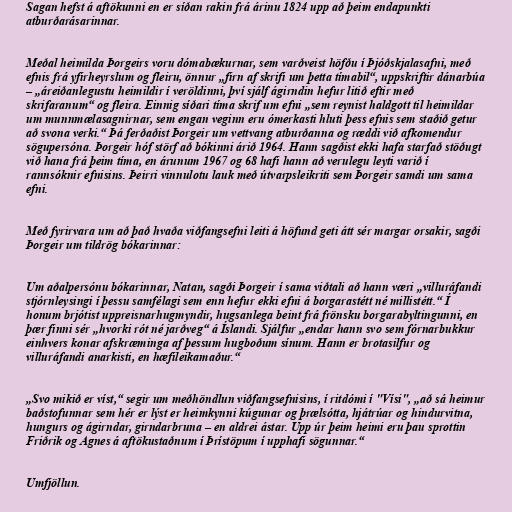
Sagan hefst á aftökunni en er síðan rakin frá árinu 1824 upp að þeim endapunkti
atburðarásarinnar.

Meðal heimilda Þorgeirs voru dómabækurnar, sem varðveist höfðu í Þjóðskjalasafni, með
efnis frá yfirheyrslum og fleiru, önnur „firn af skrifi um þetta tímabil“, uppskriftir dánarbúa
– „áreiðanlegustu heimildir í veröldinni, því sjálf ágirndin hefur litið eftir með
skrifaranum“ og fleira. Einnig síðari tíma skrif um efni „sem reynist haldgott til heimildar
um munnmælasagnirnar, sem engan veginn eru ómerkasti hluti þess efnis sem staðið getur
að svona verki.“ Þá ferðaðist Þorgeir um vettvang atburðanna og ræddi við afkomendur
sögupersóna. Þorgeir hóf störf að bókinni árið 1964. Hann sagðist ekki hafa starfað stöðugt
við hana frá þeim tíma, en árunum 1967 og 68 hafi hann að verulegu leyti varið í
rannsóknir efnisins. Þeirri vinnulotu lauk með útvarpsleikriti sem Þorgeir samdi um sama
efni.

Með fyrirvara um að það hvaða viðfangsefni leiti á höfund geti átt sér margar orsakir, sagði
Þorgeir um tildrög bókarinnar:

Um aðalpersónu bókarinnar, Natan, sagði Þorgeir í sama viðtali að hann væri „villuráfandi
stjórnleysingi í þessu samfélagi sem enn hefur ekki efni á borgarastétt né millistétt.“ Í
honum brjótist uppreisnarhugmyndir, hugsanlega beint frá frönsku borgarabyltingunni, en
þær finni sér „hvorki rót né jarðveg“ á Íslandi. Sjálfur „endar hann svo sem fórnarbukkur
einhvers konar afskræminga af þessum hugboðum sínum. Hann er brotasilfur og
villuráfandi anarkisti, en hæfileikamaður.“

„Svo mikið er víst,“ segir um meðhöndlun viðfangsefnisins, í ritdómi í "Vísi", „að sá heimur
baðstofunnar sem hér er lýst er heimkynni kúgunar og þrælsótta, hjátrúar og hindurvitna,
hungurs og ágirndar, girndarbruna – en aldrei ástar. Upp úr þeim heimi eru þau sprottin
Friðrik og Agnes á aftökustaðnum í Þrístöpum í upphafi sögunnar.“

Umfjöllun.